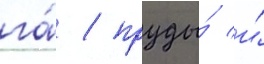
га́ / пруды́ и́